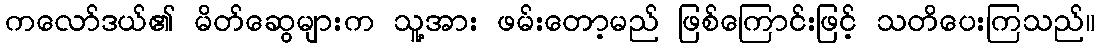
ကလော်ဒယ်၏ မိတ်ဆွေများက သူ့အား ဖမ်းတော့မည် ဖြစ်ကြောင်းဖြင့် သတိပေးကြသည်။